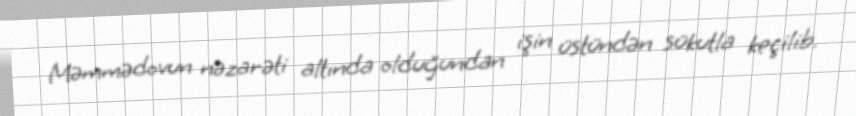
Məmmədovun nəzarəti altında olduğundan işin üstündən sükutla keçilib.